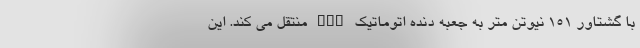
با گشتاور ۱۵۱ نیوتن متر به جعبه دنده اتوماتیک CVT منتقل می کند. این